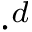
\cdot ^ { d }